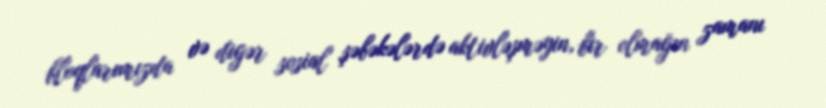
bloqlarımızda və digər sosial şəbəkələrdə aktivləşməyin, bir olmağın zamanı